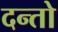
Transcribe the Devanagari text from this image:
दन्तो